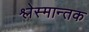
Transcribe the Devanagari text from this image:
श्लेस्मान्तक